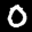
Label: 0